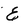
Character: E